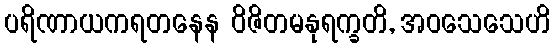
ပရိဏာယကရတနေန ဝိဇိတမနုရက္ခတိ, အဝသေသေဟိ